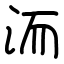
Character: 洏